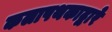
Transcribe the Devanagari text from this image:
कलापथकाद्वारे